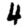
Digit: 4